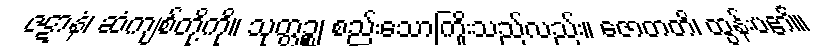
ဇဋာနံ၊ ဆံကျစ်တို့ကို။ သုတ္တဉ္စ၊ စည်းသောကြိုးသည်လည်း။ ဇောတတိ၊ ထွန်းပ၏။